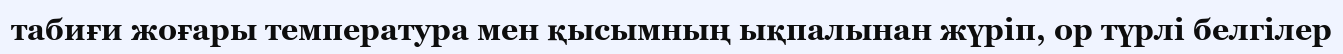
табиғи жоғары температура мен қысымның ықпалынан жүріп, ор түрлі белгілер